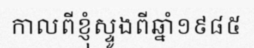
កាលពីខ្ញុំស្ទូងពីឆ្នាំ១៩៨៥